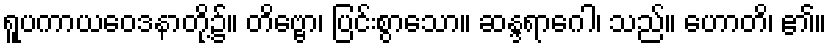
ရူပကာယဝေဒနာတို့၌။ တိဗ္ဗော၊ ပြင်းစွာသော။ ဆန္ဒရာဂေါ၊ သည်။ ဟောတိ၊ ၏။